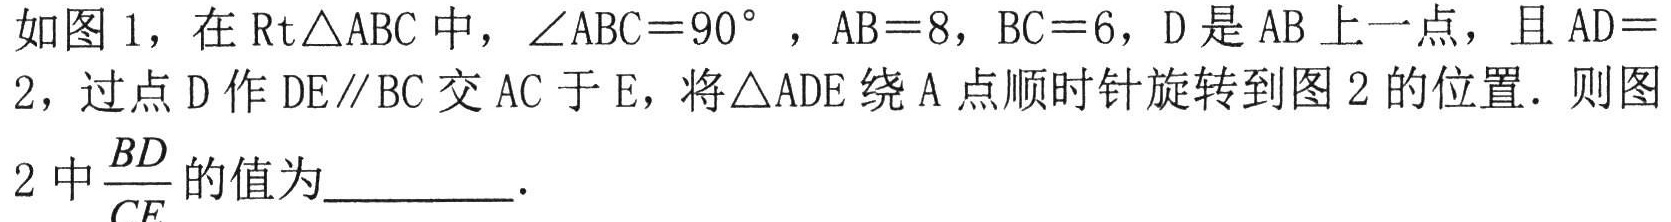
如图1，在\(Rt\triangle ABC\)中，\(\angle ABC = 90^{\circ}\)，\(AB = 8\)，\(BC = 6\)，\(D\)是\(AB\)上一点，且\(AD = 2\)，过点\(D\)作\(DE\parallel BC\)交\(AC\)于\(E\)，将\(\triangle ADE\)绕\(A\)点顺时针旋转到图2的位置．则图2中\(\frac{BD}{CE}\)的值为________．